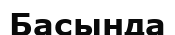
Басында